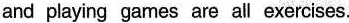
and playing games are all exercises.